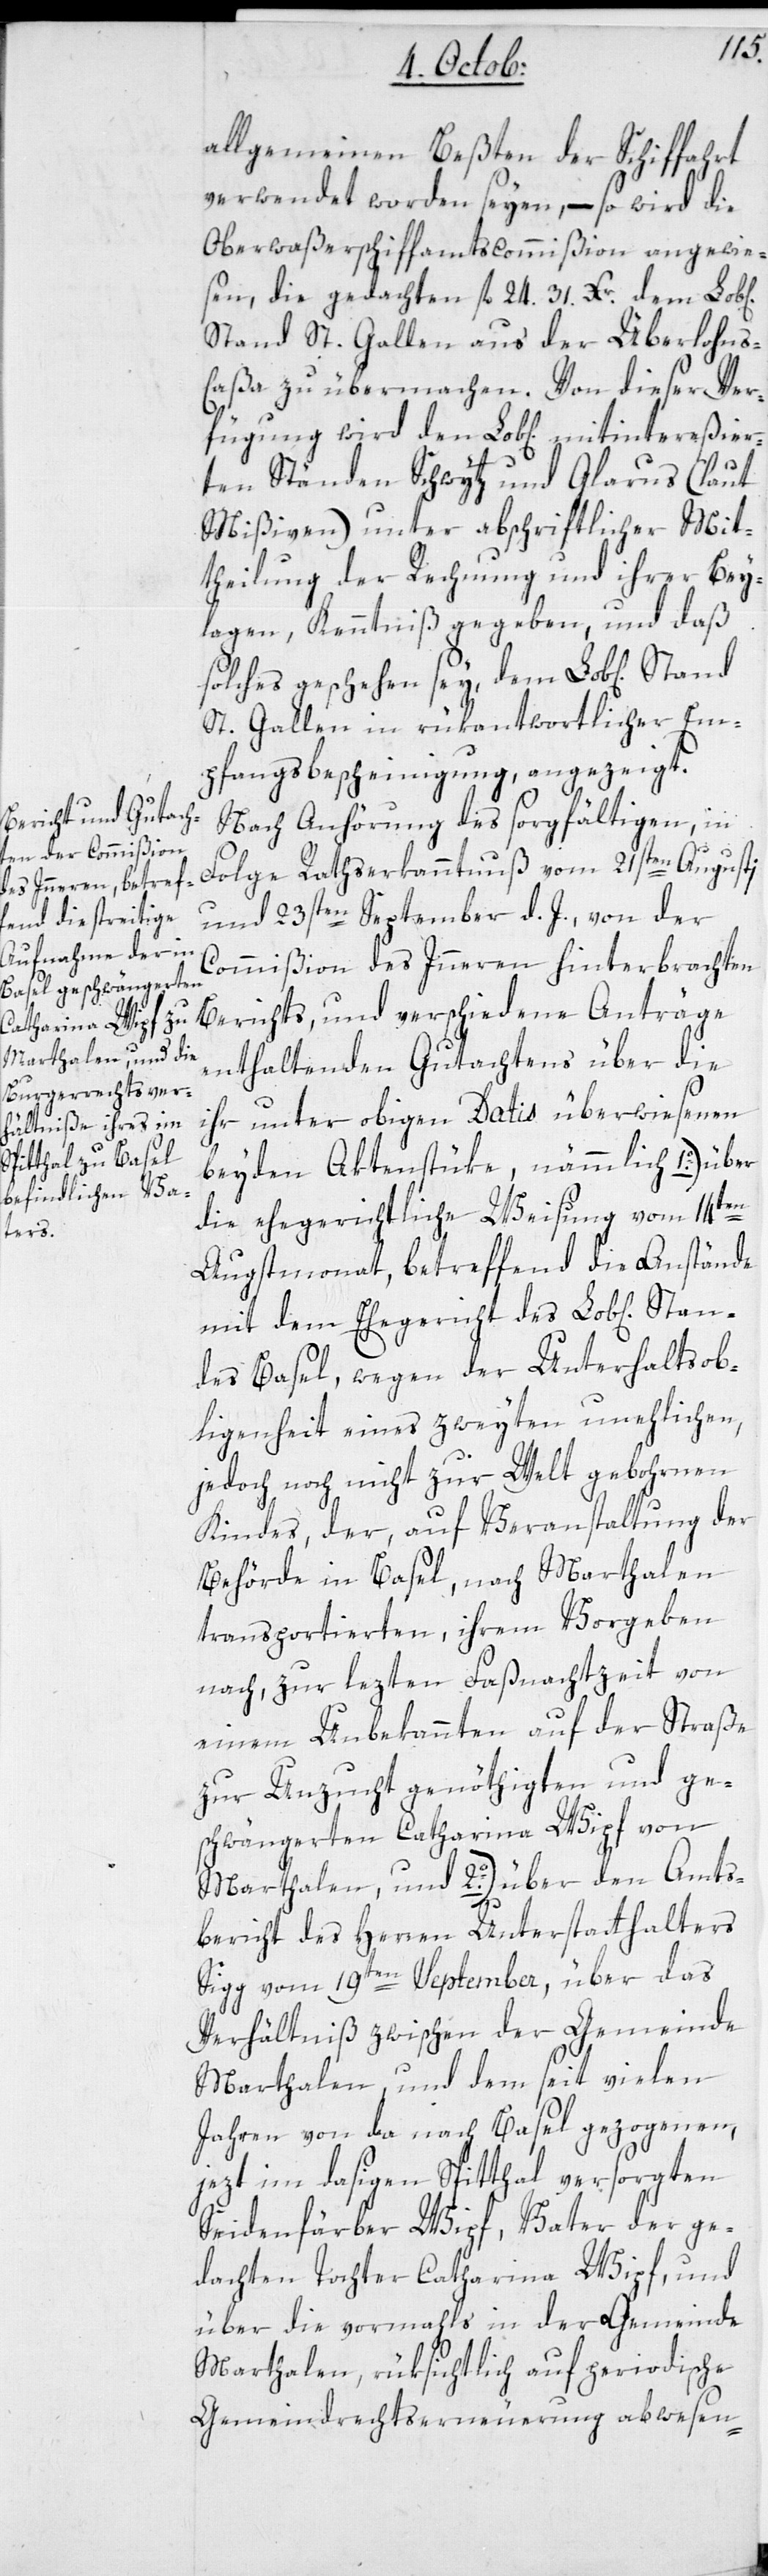
Marthalen, und

Amts¬
allgemeinen Besten der Schifffah¬
verwendet worden seyen, – so wird die
Oberwerwaßerschiffamtscommißion angewie¬
sen, die gedachten fl. 24. 31. Xr. dem Lobl[i¬
Stand St. Gallen aus der Überlohns-C¬
aßa zu übermachen. Von dieser Ver¬
fügung wird den Lobl[ichen] mitintereßier¬
ten Ständen Schwytz und Glarus (laut
Mißiven) unter abschriftlicher Mit¬
theilung der Regierung und ihrer Bey¬
laagen, Kenntniß gegeben, und daß
solches geschehen sey, dem Lobl[ichen].
St. Gallen in rükantwortlicher Em¬
pfangsbescheinigung angezeigt.
Nach Anhörung des sorgfältigen, in
Folge Rathserkanntnuß vom 21sten Augusti
und 23sten September d. J. von der
Commißion des Innern hinterbrachten
Berichts, und verschiedene Anträge
enthaltenden Gutachtens über die
ihr unter obigen Datis überwiesenen
beyden Aktenstüke, nämmlich
die ehegerichtliche Weisung vom 14ten
Augstmonat, betreffend die Anstände
mit dem Ehegericht des Lobl[ichen]
ndes Basel, wegen der Unterhalts Ob¬
liegenheit eines zweiten unehlichen,
jedoch noch nicht zur Welt gebohrnen
Kindes, der auf Veranstaltung der
Behörde in Basel, nach Marthalen
transportierten, ihrem vorgeben
nach, zur lezten Fasnachtzeit von
einem Unbekannten auf der Straße
zur Unzucht genöthigten und ge¬
schwängerten Catharina Wipf von
bericht des Herren Unterstatthalters
Sigg vom 19ten September, über das
Verhältniß zwischen der Gemeinde
Marthalen und dem seit vielen
Jahren von da nach Basel gezogenen,
jezt im dasigen Spitthal versorgten
Seidenfärber Wipf, Vater der ge¬
dachten Tochter Catharina Wipf, und
über die vormahls in der Gemeinde
Marthalen, rüksichtlich auf periodische
Gemeindrechtserneuerung abwesen-